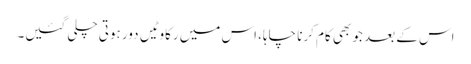
اس کے بعد جو بھی کام کرنا چاہا، اس میں رکاوٹیں دور ہوتی چلی گئیں۔